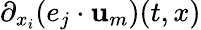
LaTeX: \partial_{x_{i}}(e_{j}\cdot\mathbf{u}_{m})(t,x)